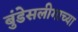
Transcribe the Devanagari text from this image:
बुंडेसलीगाच्या